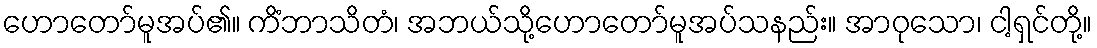
ဟောတော်မူအပ်၏။ ကိံဘာသိတံ၊ အဘယ်သို့ဟောတော်မူအပ်သနည်း။ အာဝုသော၊ ငါ့ရှင်တို့။